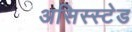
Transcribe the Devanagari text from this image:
असिस्स्टेड